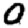
Digit: 0